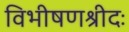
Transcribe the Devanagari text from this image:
विभीषणश्रीदः